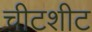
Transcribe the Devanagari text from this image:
चीटशीट